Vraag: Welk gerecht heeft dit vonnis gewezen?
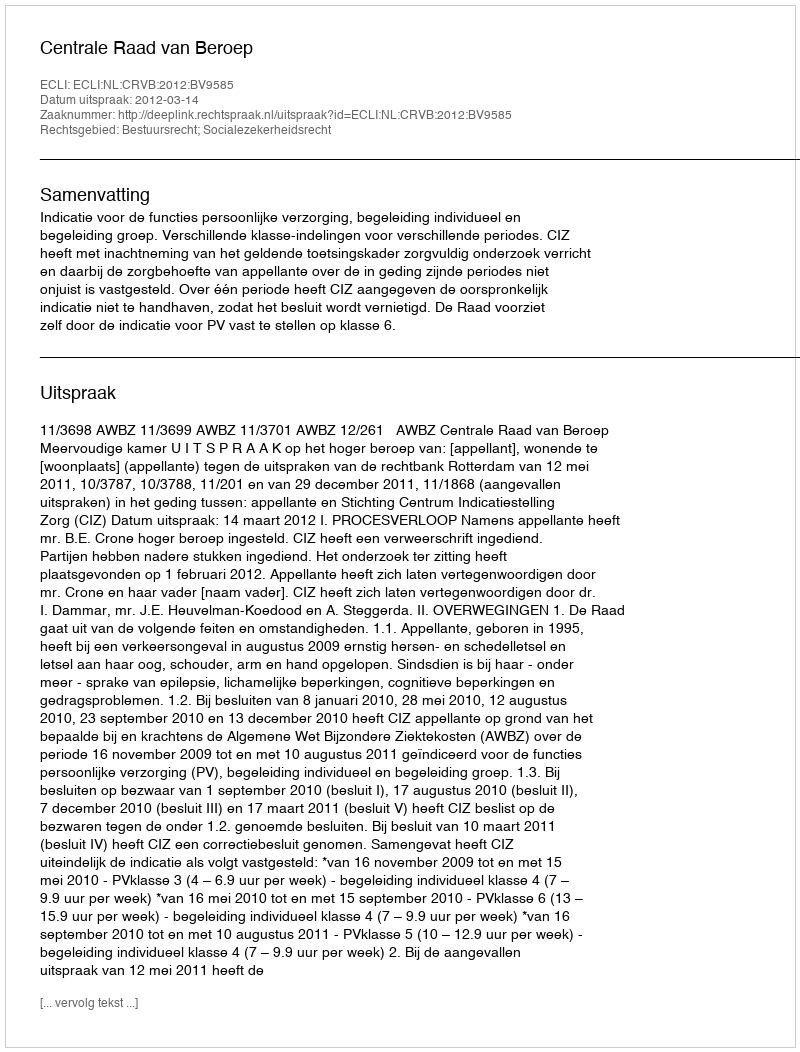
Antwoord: Centrale Raad van Beroep